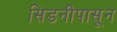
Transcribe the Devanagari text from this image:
सिडनीपासून